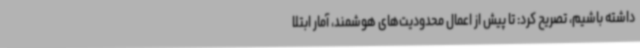
داشته باشیم، تصریح کرد: تا پیش از اعمال محدودیت‌های هوشمند، آمار ابتلا